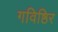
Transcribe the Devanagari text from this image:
गविष्ठिर